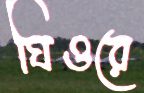
ঘিওরে